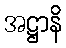
အဋ္ဌာနိ